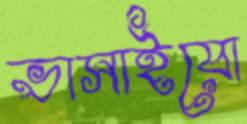
ভাসাইয়ো